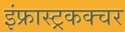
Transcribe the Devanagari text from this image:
इंफ्रास्ट्रकक्चर